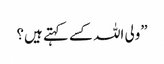
”ولی اللہ کسے کہتے ہیں؟